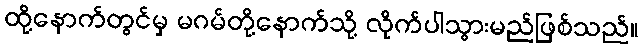
ထို့နောက်တွင်မှ မဂမ်တို့နောက်သို့ လိုက်ပါသွားမည်ဖြစ်သည်။